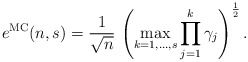
\begin{align*}e^{\mathrm{MC}}(n,s)=\frac{1}{\sqrt{n}}\,\left(\max_{k=1,\ldots,s}\prod_{j=1}^{k}\gamma_j\right)^\frac{1}{2}.\end{align*}